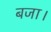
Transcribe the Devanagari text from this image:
बजा।